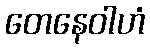
တေနေဝါဟံ